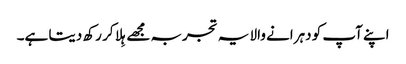
اپنے آپ کو دہرانے والا یہ تجربہ مجھے ہِلا کر رکھ دیتا ہے۔